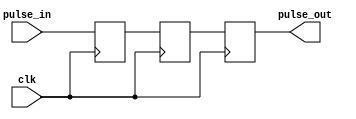
module PulseSynchronizer (
    input wire pulse_in,
    input wire clk,
    output reg pulse_out
);

reg pulse_ff1;
reg pulse_ff2;

always @ (posedge clk) begin
    pulse_ff1 <= pulse_in;
    pulse_ff2 <= pulse_ff1;
    pulse_out <= pulse_ff2;
end

endmodule